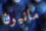
مانيون